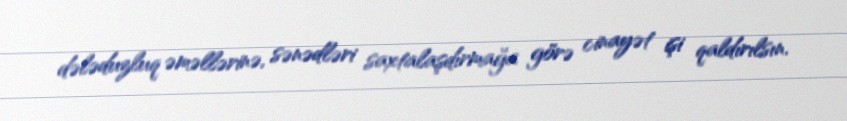
dələduzluq əməllərinə, sənədləri saxtalaşdırmağa görə cinayət işi qaldırılsın.